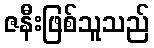
ဇနီးဖြစ်သူသည်